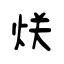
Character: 烪